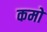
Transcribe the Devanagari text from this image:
कमो